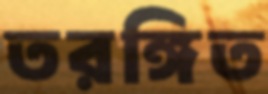
তরঙ্গিত